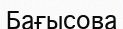
Бағысова